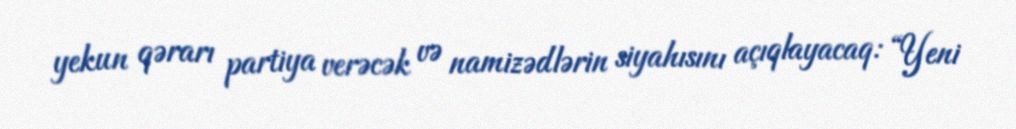
yekun qərarı partiya verəcək və namizədlərin siyahısını açıqlayacaq: “Yeni